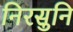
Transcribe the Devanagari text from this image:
निरसुनि